Vaccination in Bombay 1889-1901 - 1889-1901
Year: 1889
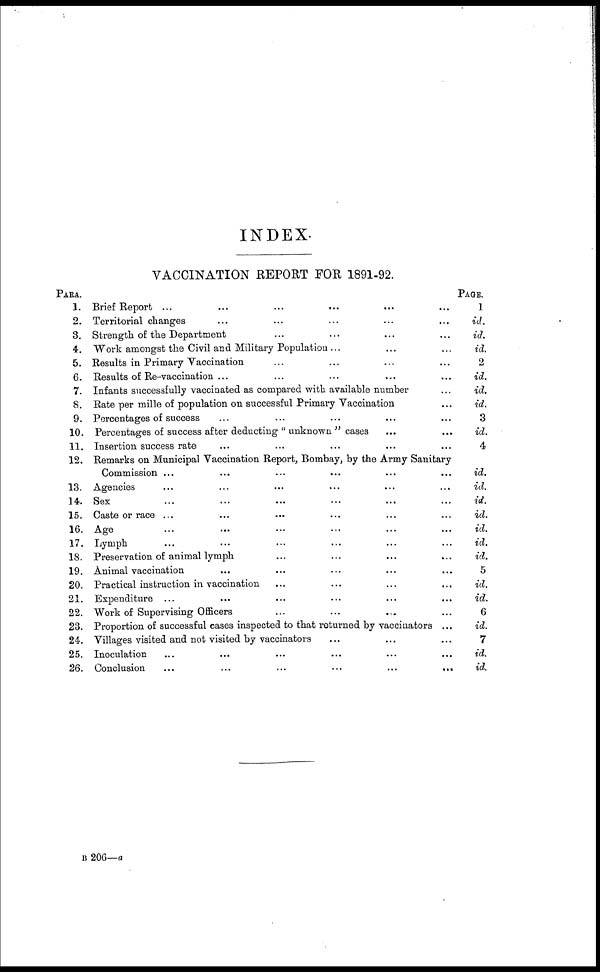
INDEX.
VACCINATION REPORT FOR 1891-92.
PARA.
1.
2.
3.
4.
5.
6.
7.
8.
9.
10.
11.
12.
13.
14.
15.
16.
17.
18.
19.
20.
21.
22.
23.
24.
25.
26.
Brief Report ... ... ... ... ... ...
Territorial changes ... ... ... ... ...
Strength of the Department ... ... ... ...
Work amongst the Civil and Military Population ... ... ...
Results in Primary Vaccination ... ... ... ...
Results of Re-vaccination ... ... ... ... ...
Infants successfully vaccinated as compared with available number ...
Rate per mille of population on successful Primary Vaccination ...
Percentages of success ... ... ... ... ...
Percentages of success after deducting " unknown " cases ... ...
Insertion success rate ... ... ... ... ...
Remarks on Municipal Vaccination Report, Bombay, by the Army Sanitary
Commission ... ... ... ... ... ...
Agencies ... ... ... ... ... ...
Sex ... ... ... ... ...
Caste or race ... ... ... ... ... ...
Age ... ... ... ... ... ...
Lymph ... ... ... ... ... ...
Preservation of animal lymph ... ... ... ...
Animal vaccination ... ... ... ... ...
Practical instruction in vaccination ... ... ... ...
Expenditure ... ... ... ... ... ...
Work of Supervising Officers ... ... ... ...
Proportion of successful cases inspected to that returned by vaccinators ...
Villages visited and not visited by vaccinators ... ... ...
Inoculation ... ... ... ... ... ...
Conclusion
...
...
...
...
...
...
PAGE.
1
id.
id.
id.
2
id.
id.
id.
3
id.
4
id.
id.
id.
id.
id.
id.
id.
5
id.
id.
6
id.
7
id.
id.
B 206—a